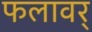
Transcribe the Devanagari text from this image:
फलावर्